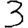
Digit: 3